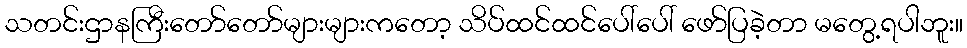
သတင်းဌာနကြီးတော်တော်များများကတော့ သိပ်ထင်ထင်ပေါ်ပေါ် ဖော်ပြခဲ့တာ မတွေ့ရပါဘူး။